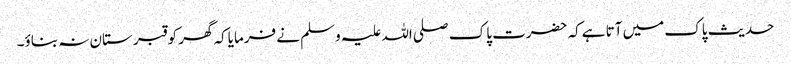
حدیث پاک میں آتا ہےکہ حضرت پاک صلی اللہ علیہ وسلم نے فرمایاکہ گھر کو قبر ستان نہ بناؤ۔